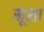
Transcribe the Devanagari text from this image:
मूशा